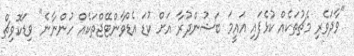
"ވާދަވެރި މެޗުތަކެއް ކުޅެފައި އައީމަ ބަޝުންދުރާ އަށް ކުޑަ އެޑްވާންޓޭޖްތަކެއް ހުންނާނެ" ވިޑަކޮވިޗް